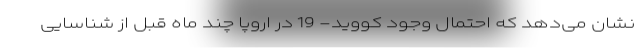
نشان می‌دهد که احتمال وجود کووید- 19 در اروپا چند ماه قبل از شناسایی